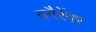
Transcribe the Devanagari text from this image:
वगैरेंवर